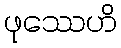
ဖုဿေဟိ